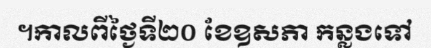
។កាលពីថ្ងៃទី២០ ខែឧសភា កន្លងទៅ